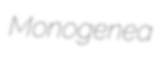
Monogenea